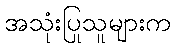
အသုံးပြုသူများက